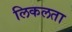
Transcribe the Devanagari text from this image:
लिकलता